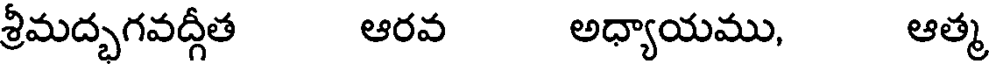
శ్రీమద్భగవద్గీత ఆరవ అధ్యాయము, ఆత్మ